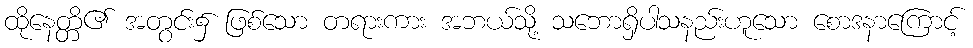
ထိုနေတ္တိ၏ အတွင်း၌ ဖြစ်သော တရားကား အဘယ်သို့ သဘောရှိပါသနည်းဟူသော စောဒနာကြောင့်